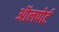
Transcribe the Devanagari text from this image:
ऑलपोर्ट